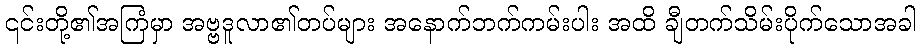
၎င်းတို့၏အကြံမှာ အဗ္ဗဒူလာ၏တပ်များ အနောက်ဘက်ကမ်းပါး အထိ ချီတက်သိမ်းပိုက်သောအခါ